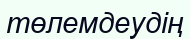
төлемдеудің